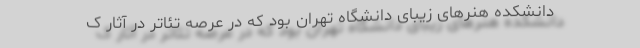
دانشکده هنرهای زیبای دانشگاه تهران بود که در عرصه تئاتر در آثار ک